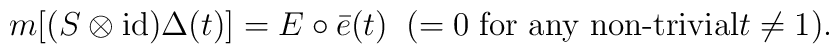
m[(S\otimes {\rm id})\Delta(t)]=E\circ\bar{e}(t)\;\;(=0\;\mbox{for any non-trivial$t\not=1$}).